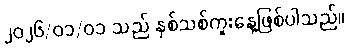
၂၀၂၆/၀၁/၀၁ သည် နှစ်သစ်ကူးနေ့ဖြစ်ပါသည်။